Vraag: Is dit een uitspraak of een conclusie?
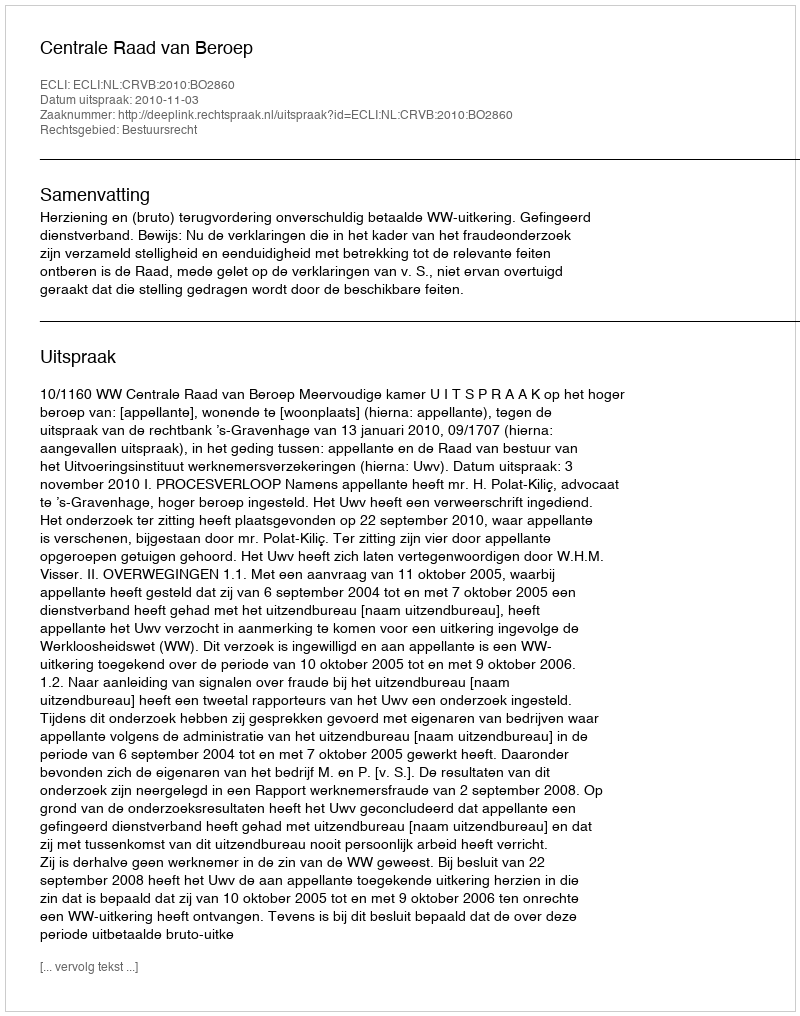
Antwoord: Uitspraak